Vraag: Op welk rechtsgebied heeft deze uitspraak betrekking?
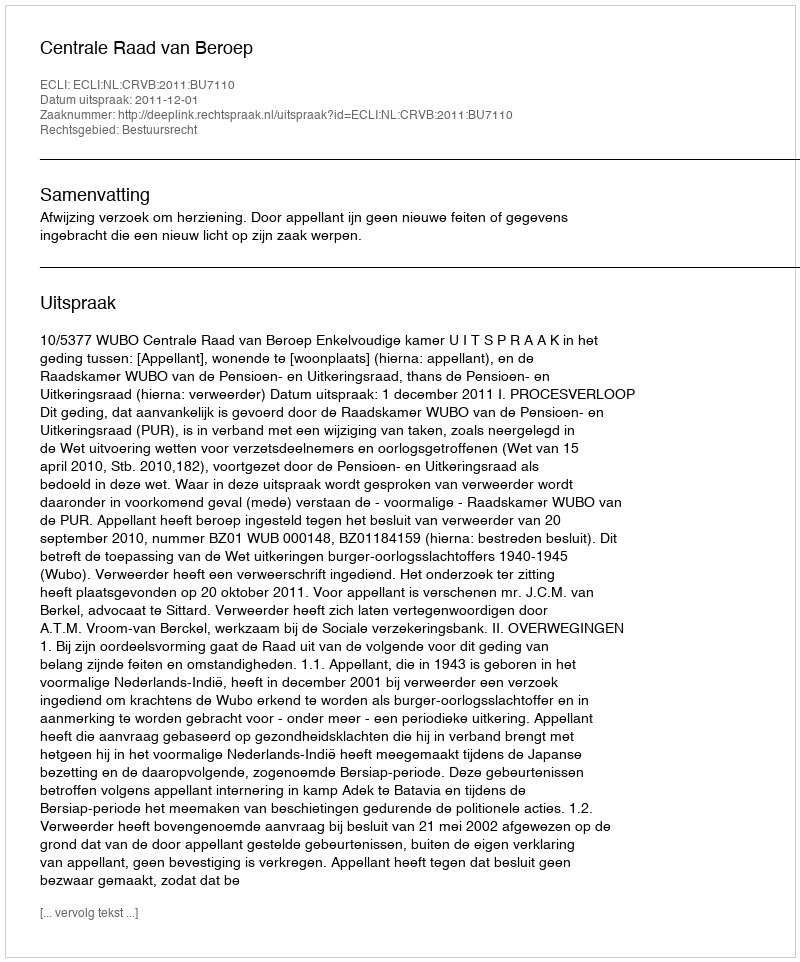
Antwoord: Bestuursrecht